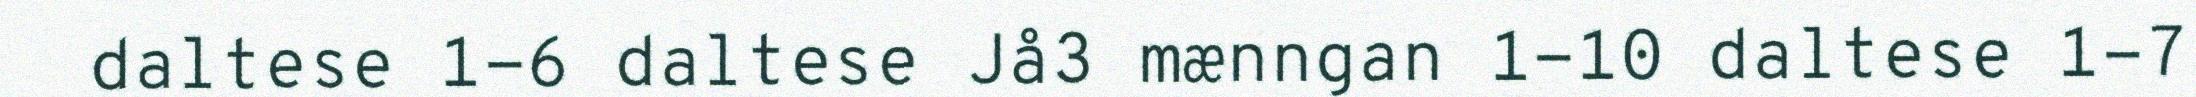
daltese 1-6 daltese Jå3 mænngan 1-10 daltese 1-7